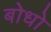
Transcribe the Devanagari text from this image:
बोधो